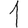
Digit: 1